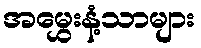
အမွှေးနံ့သာများ